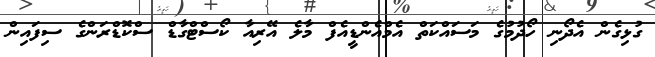
ގުޅިގެން އެދޯނި ހޯދުމުގެ މަސައްކަތް އެމްއެންޑީއެފް މާލެ އޭރިއާ ކޯސްޓްގާޑް ސްކޮޑްރަންގެ ސިފައިން